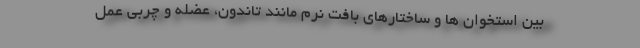
بین استخوان ها و ساختارهای بافت نرم مانند تاندون، عضله و چربی عمل